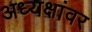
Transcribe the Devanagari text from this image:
अध्यक्षांवर